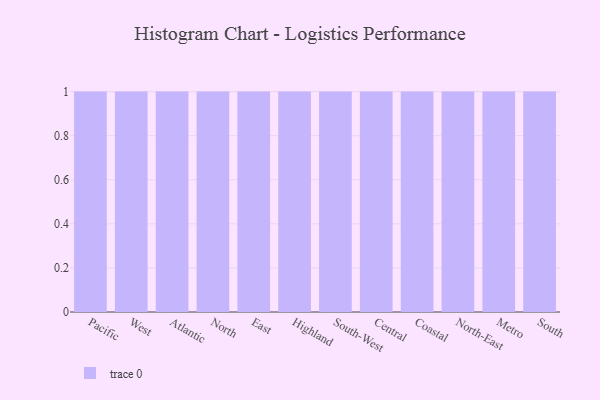
{"axis": {"x": "Region", "y": "Headcount"}, "legend": [""], "data": [{"x": "Pacific", "y": 51, "type": ""}, {"x": "West", "y": 94, "type": ""}, {"x": "Atlantic", "y": 4, "type": ""}, {"x": "North", "y": 70, "type": ""}, {"x": "East", "y": 41, "type": ""}, {"x": "Highland", "y": 85, "type": ""}, {"x": "South-West", "y": 52, "type": ""}, {"x": "Central", "y": 19, "type": ""}, {"x": "Coastal", "y": 18, "type": ""}, {"x": "North-East", "y": 9, "type": ""}, {"x": "Metro", "y": 13, "type": ""}, {"x": "South", "y": 28, "type": ""}]}